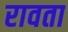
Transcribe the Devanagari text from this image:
रावता